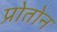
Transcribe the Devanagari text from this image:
प्रोतोन